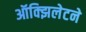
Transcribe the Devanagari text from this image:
ऑक्झिलेटने